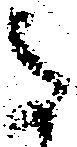
さ